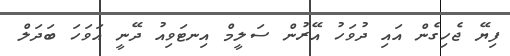
ފިޔޭ ޖެހިގެން އައި ދުވަހު އޭރުން ސަލީމް އިނޓަވިއު ދޭނީ އަވަހަ ބަދަލް